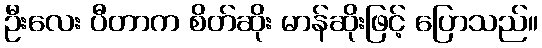
ဦးလေး ပီတာက စိတ်ဆိုး မာန်ဆိုးဖြင့် ပြောသည်။